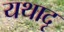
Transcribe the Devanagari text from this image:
यथादृ